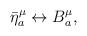
LaTeX: \begin{align*}\bar \eta _a^\mu \leftrightarrow B_a^\mu ,\end{align*}